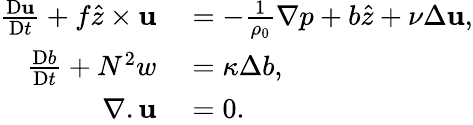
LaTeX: \begin{array}{rl}{\frac{\textnormal{D}\textbf{u}}{\textnormal{D}t}+f\hat{z}\times\textbf{u}}&{{}=-\frac{1}{\rho_{0}}\nabla p+b\hat{z}+\nu\Delta\textbf{u},}\\ {\frac{\textnormal{D}b}{\textnormal{D}t}+N^{2}w}&{{}=\kappa\Delta b,}\\ {\nabla.\textbf{u}}&{{}=0.}\end{array}